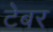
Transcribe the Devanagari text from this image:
टेबर